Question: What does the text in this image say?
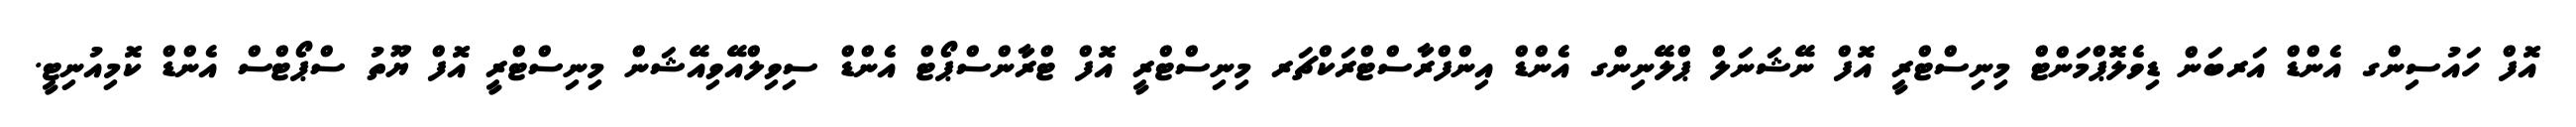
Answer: އޮފް ހައުސިންގ އެންޑް އަރބަން ޑިވެލޮޕްމަންޓް މިނިސްޓްރީ އޮފް ނޭޝަނަލް ޕްލޭނިންގ އެންޑް އިންފްރާސްޓްރަކްޗަރ މިނިސްޓްރީ އޮފް ޓްރާންސްޕޯޓް އެންޑް ސިވިލްއޭވިއޭޝަން މިނިސްޓްރީ އޮފް ޔޫތު ސްޕޯޓްސް އެންޑް ކޮމިއުނިޓީ.